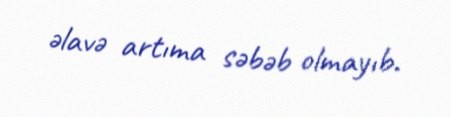
əlavə artıma səbəb olmayıb.